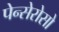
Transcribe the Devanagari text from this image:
पेन्सेरोसो